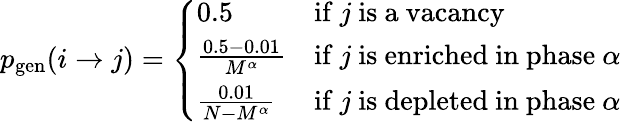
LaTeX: p_{\mathrm{gen}}(i\rightarrow j)=\left\{ \begin{array}{ll}{0.5}&{\mathrm{if~}j\mathrm{~is~a~vacancy}}\\ {\frac{0.5-0.01}{M^{\alpha}}}&{\mathrm{if~}j\mathrm{~is~enriched~in~phase~}\alpha}\\ {\frac{0.01}{N-M^{\alpha}}}&{\mathrm{if~}j\mathrm{~is~depleted~in~phase~}\alpha}\end{array}\right.